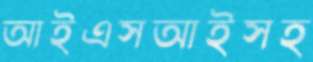
আইএসআইসহ